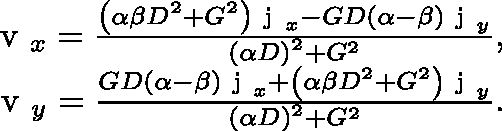
\begin{array} { r } { \mathrm { \boldmath ~ v ~ } _ { x } = \frac { \left( \alpha \beta D ^ { 2 } + G ^ { 2 } \right) \mathrm { \boldmath ~ j ~ } _ { x } - G D \left( \alpha - \beta \right) \mathrm { \boldmath ~ j ~ } _ { y } } { \left( \alpha D \right) ^ { 2 } + G ^ { 2 } } , } \\ { \mathrm { \boldmath ~ v ~ } _ { y } = \frac { G D \left( \alpha - \beta \right) \mathrm { \boldmath ~ j ~ } _ { x } + \left( \alpha \beta D ^ { 2 } + G ^ { 2 } \right) \mathrm { \boldmath ~ j ~ } _ { y } } { \left( \alpha D \right) ^ { 2 } + G ^ { 2 } } . } \end{array}